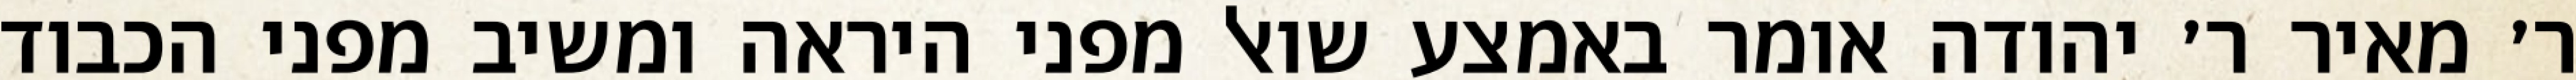
ר׳ מאיר ר׳ יהודה אומר באמצע שואל מפני היראה ומשיב מפני הכבוד